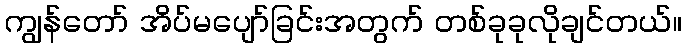
ကျွန်တော် အိပ်မပျော်ခြင်းအတွက် တစ်ခုခုလိုချင်တယ်။